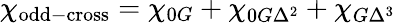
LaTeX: \chi_{\mathrm{odd-cross}}=\chi_{0G}+\chi_{0G\Delta^{2}}+\chi_{G\Delta^{3}}